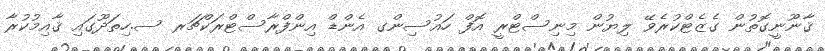
ޤާނޫނީގޮތުން ގެޒެޓްކުރެވޭ ލިޔުން މިނިސްޓްރީ އޮފް ހައުސިންގ އެންޑް އިންފްރާސްޓްރަކްޗަރ ސ.ހިތަދޫގައި ޤާއިމުކުރާ